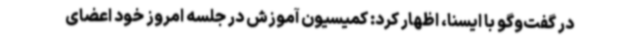
در گفت‌وگو با ایسنا، اظهار کرد: کمیسیون آموزش در جلسه امروز خود اعضای